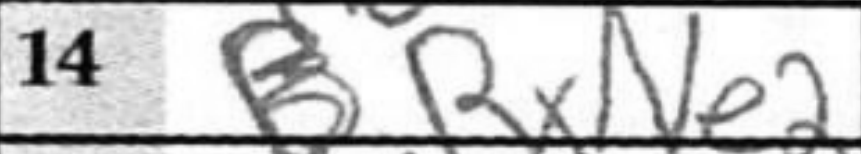
Transcription: RxNe2